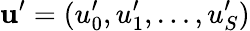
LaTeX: {\mathbf u}^{\prime}=(u_{0}^{\prime},u_{1}^{\prime},\dots,u_{S}^{\prime})